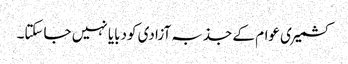
کشمیری عوام کے جذبہ آزادی کودبایا نہیں جاسکتا۔